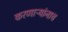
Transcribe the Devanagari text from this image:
करणाऱ्यांनाच